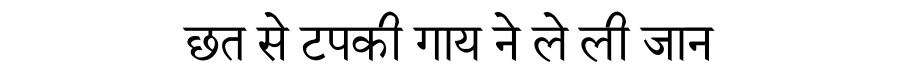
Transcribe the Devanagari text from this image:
छत से टपकी गाय ने ले ली जान